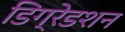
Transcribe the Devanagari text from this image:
डिग्रेडशन